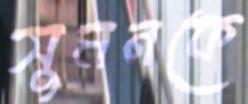
সুমনকে